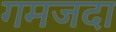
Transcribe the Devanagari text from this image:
गमजदा